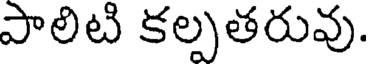
పాలిటి కల్పతరువు.